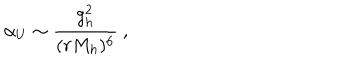
LaTeX: \alpha _ { U } \sim { \frac { g _ { h } ^ { 2 } } { ( r M _ { h } ) ^ { 6 } } } \ ,